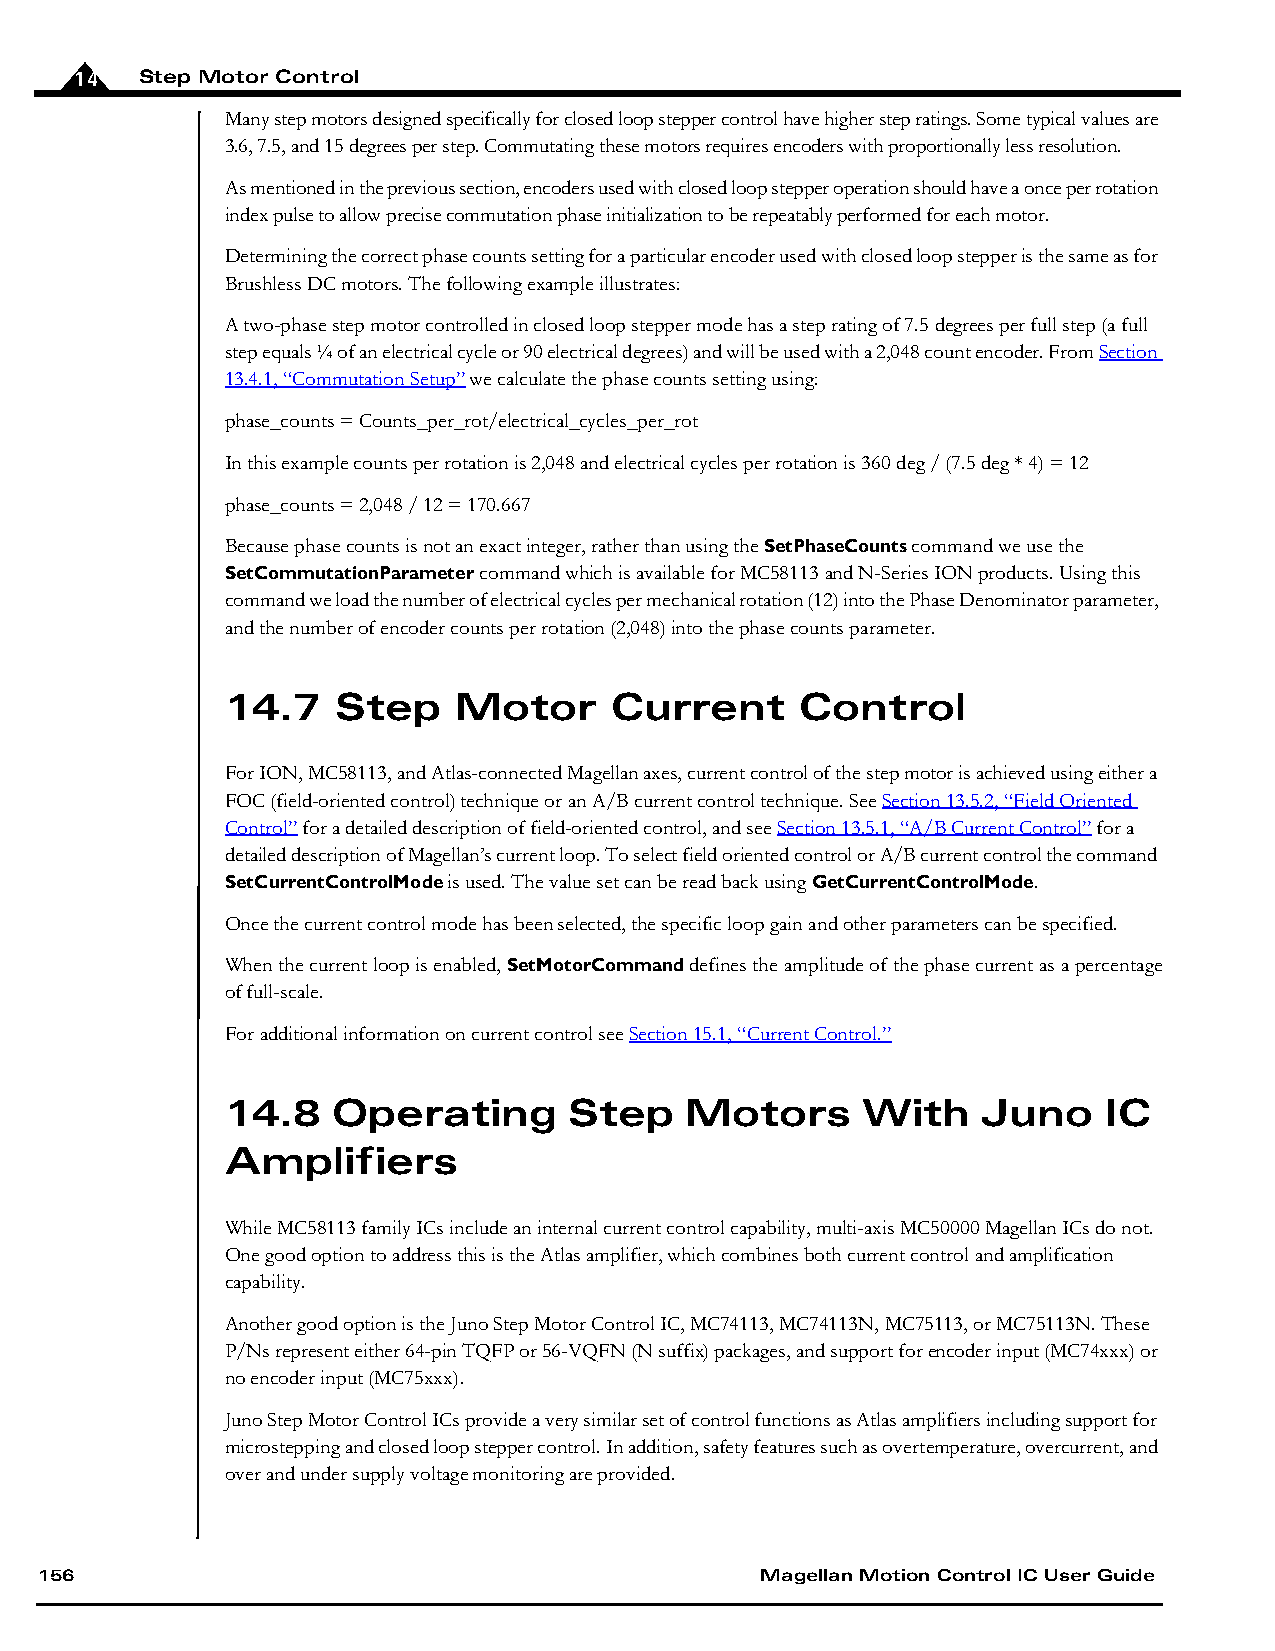
14  Step Motor Control
 Many step motors designed specifically for closed loop stepper control have higher step ratings. Some typical values are
 3.6, 7.5, and 15 degrees per step. Commutating these motors requires encoders with proportionally less resolution.
 As mentioned in the previous section, encoders used with closed loop stepper operation should have a once per rotation
 index pulse to allow precise commutation phase initialization to be repeatably performed for each motor.
 Determining the correct phase counts setting for a particular encoder used with closed loop stepper is the same as for
 Brushless DC motors. The following example illustrates:
 A two-phase step motor controlled in closed loop stepper mode has a step rating of 7.5 degrees per full step (a full
 step equals ¼ of an electrical cycle or 90 electrical degrees) and will be used with a 2,048 count encoder. From Section
 13.4.1, “Commutation Setup” we calculate the phase counts setting using:
 phase_counts = Counts_per_rot/electrical_cycles_per_rot
 In this example counts per rotation is 2,048 and electrical cycles per rotation is 360 deg / (7.5 deg * 4) = 12
 phase_counts = 2,048 / 12 = 170.667
 Because phase counts is not an exact integer, rather than using the SetPhaseCounts command we use the
 SetCommutationParameter command which is available for MC58113 and N-Series ION products. Using this
 command we load the number of electrical cycles per mechanical rotation (12) into the Phase Denominator parameter,
 and the number of encoder counts per rotation (2,048) into the phase counts parameter.
 14.7   Step    Motor     Current      Control
 For ION, MC58113, and Atlas-connected Magellan axes, current control of the step motor is achieved using either a
 FOC (field-oriented control) technique or an A/B current control technique. See Section 13.5.2, “Field Oriented
 Control” for a detailed description of field-oriented control, and see Section 13.5.1, “A/B Current Control” for a
 detailed description of Magellan’s current loop. To select field oriented control or A/B current control the command
 SetCurrentControlMode is used. The value set can be read back using GetCurrentControlMode.
 Once the current control mode has been selected, the specific loop gain and other parameters can be specified.
 When the current loop is enabled, SetMotorCommand defines the amplitude of the phase current as a percentage
 of full-scale.
 For additional information on current control see Section 15.1, “Current Control.”
 14.8   Operating       Step   Motors      With    Juno    IC
 Amplifiers
 While MC58113 family ICs include an internal current control capability, multi-axis MC50000 Magellan ICs do not.
 One good option to address this is the Atlas amplifier, which combines both current control and amplification
 capability.
 Another good option is the Juno Step Motor Control IC, MC74113, MC74113N, MC75113, or MC75113N. These
 P/Ns represent either 64-pin TQFP or 56-VQFN (N suffix) packages, and support for encoder input (MC74xxx) or
 no encoder input (MC75xxx).
 Juno Step Motor Control ICs provide a very similar set of control functions as Atlas amplifiers including support for
 microstepping and closed loop stepper control. In addition, safety features such as overtemperature, overcurrent, and
 over and under supply voltage monitoring are provided.
 156                                             Magellan Motion Control IC User Guide